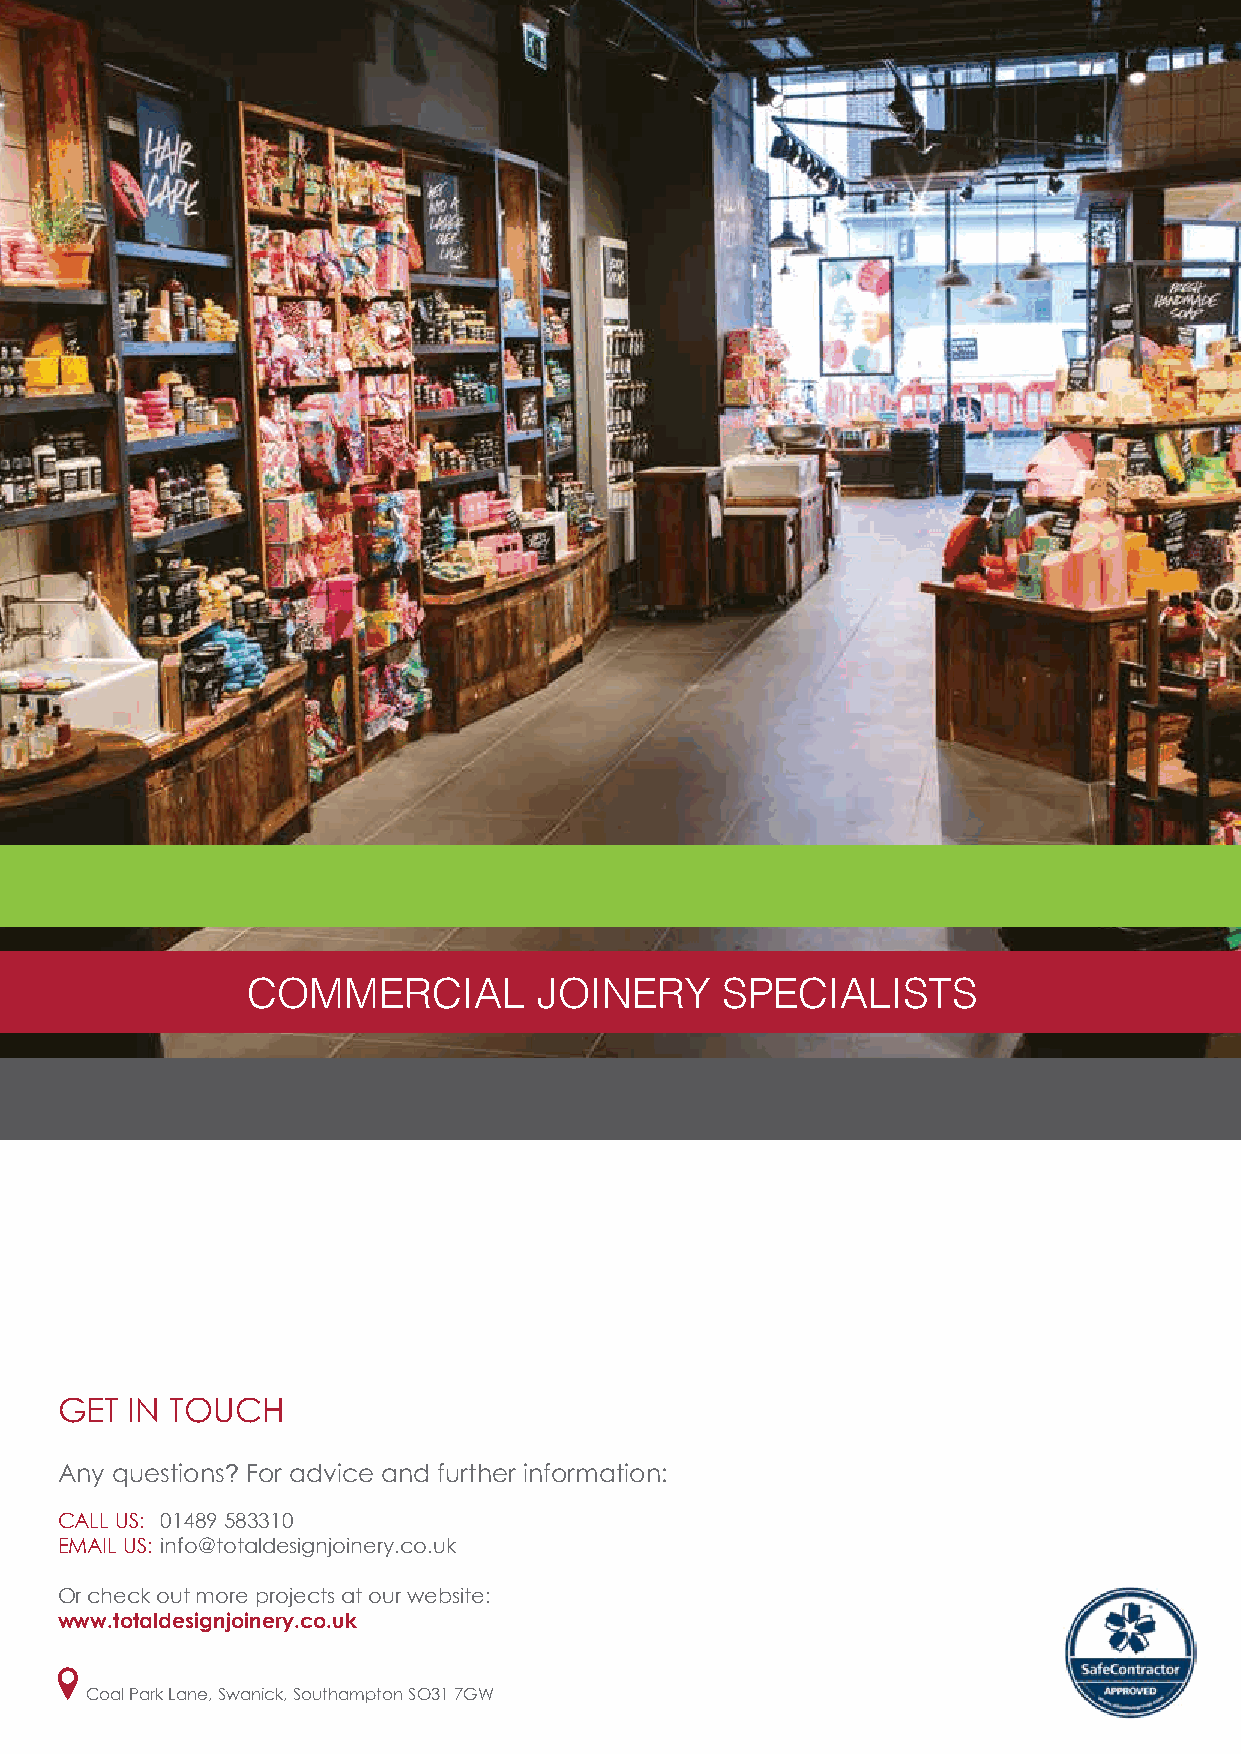
COMMERCIAL          JOINERY     SPECIALISTS
 GET IN TOUCH
 Any questions? For advice and further information:
 CALL US: 01489 583310
 EMAIL US: info@totaldesignjoinery.co.uk
 Or check out more projects at our website:
 www.totaldesignjoinery.co.uk
 Coal Park Lane, Swanick, Southampton SO31 7GW